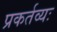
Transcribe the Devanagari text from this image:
प्रकर्तव्यः